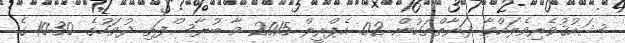
ޝައުޤުވެރިވެލައްވާ ފަރާތްތަކުން 02 އެޕްރީލް 2015 ވާ ބުރާސްފަތި ދުވަހުގެ 10:30 ގެ